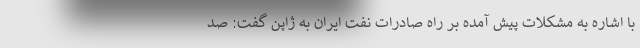
با اشاره به مشکلات پیش آمده بر راه صادرات نفت ایران به ژاپن گفت: صد